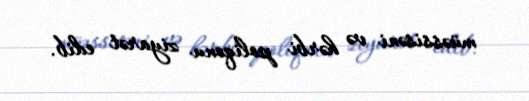
müəssisəni və hərbi poliqonu ziyarət edib.